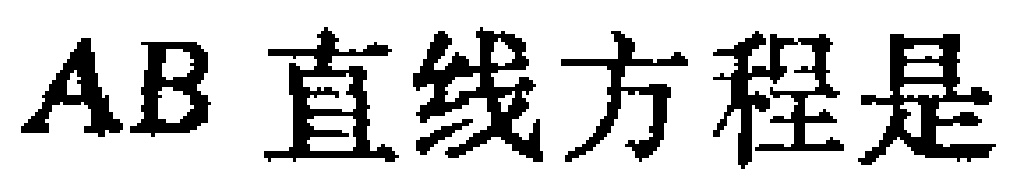
$AB\text{ 直线方程是}$